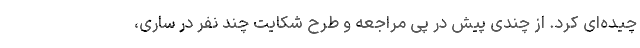
چیده‌ای کرد. از چندی پیش در پی مراجعه و طرح شکایت چند نفر در ساری،